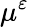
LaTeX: \mu^{\varepsilon}